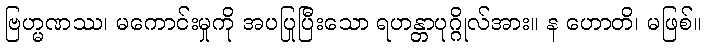
ဗြဟ္မဏဿ၊ မကောင်းမှုကို အပပြုပြီးသော ရဟန္တာပုဂ္ဂိုလ်အား။ န ဟောတိ၊ မဖြစ်။